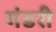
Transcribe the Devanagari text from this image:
गंडरी